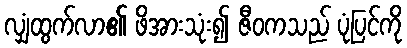
လျှံထွက်လာ၏ ဖိအားသုံး၍ ဇီဝကသည် ပုံပြင်ကို